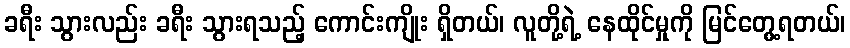
ခရီး သွားလည်း ခရီး သွားရသည့် ကောင်းကျိုး ရှိတယ်၊ လူတို့ရဲ့ နေထိုင်မှုကို မြင်တွေ့ရတယ်၊